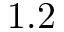
1 . 2